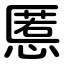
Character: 慝